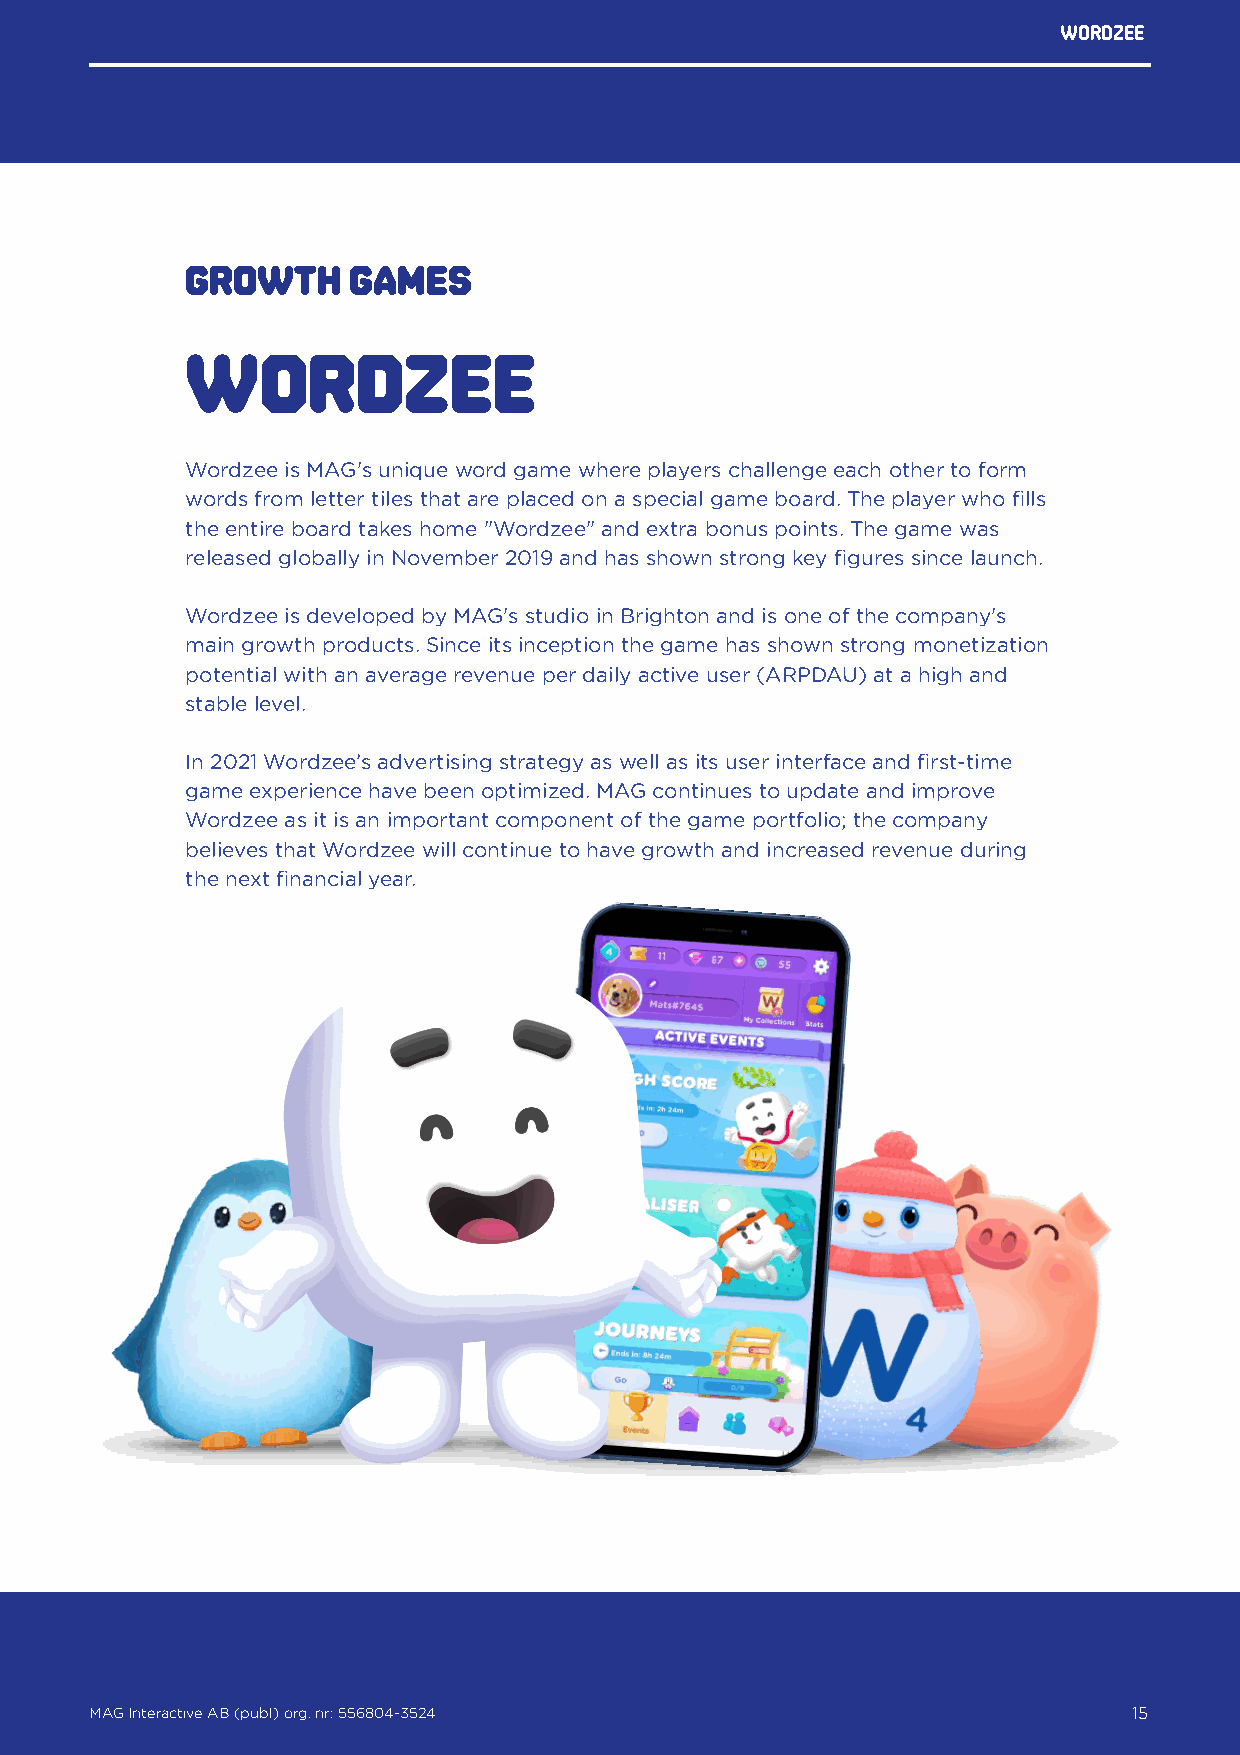
WORDZEE
 Growth     games
 WORDZEE
 Wordzee is MAG's unique word game where players challenge each other to form
 words from letter tiles that are placed on a special game board. The player who fills
 the entire board takes home "Wordzee" and extra bonus points. The game was
 released globally in November 2019 and has shown strong key figures since launch.
 Wordzee is developed by MAG's studio in Brighton and is one of the company's
 main growth products. Since its inception the game has shown strong monetization
 potential with an average revenue per daily active user (ARPDAU) at a high and
 stable level.
 In 2021 Wordzee’s advertising strategy as well as its user interface and first-time
 game experience have been optimized. MAG continues to update and improve
 Wordzee as it is an important component of the game portfolio; the company
 believes that Wordzee will continue to have growth and increased revenue during
 the next financial year.
 MAG Interactive AB (publ) org. nr: 556804-3524                   15
 MAG Interactive AB (publ) org. nr: 556804-3524                       15